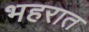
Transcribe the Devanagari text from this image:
भहरात